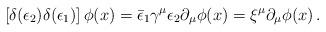
LaTeX: \begin{align*}\left[\delta (\epsilon _2)\delta (\epsilon _1)\right] \phi (x)=\bar \epsilon _1\gamma ^\mu\epsilon _2\partial _\mu \phi(x)= \xi ^\mu\partial _\mu \phi(x)\,. \end{align*}